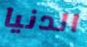
الدنيا